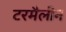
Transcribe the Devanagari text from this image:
टरमैलीन